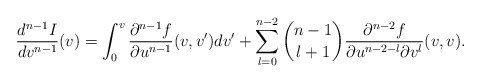
\begin{align*} \frac{d^{n-1}I}{dv^{n-1}}(v)=\int_0^v\frac{\partial^{n-1}f}{\partial u^{n-1}}(v,v')dv'+\sum_{l=0}^{n-2}\binom{n-1}{l+1}\frac{\partial^{n-2}f}{\partial u^{n-2-l}\partial v^l}(v,v).\end{align*}